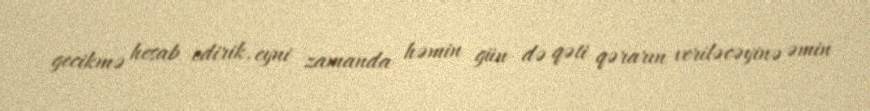
gecikmə hesab edirik, eyni zamanda həmin gün də qəti qərarın veriləcəyinə əmin